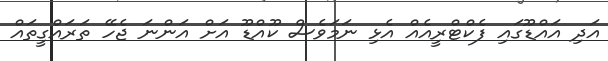
އަދި އައްޑޫގައި ފެކްޓްރީއެއް އެޅި ނަމަވެސް ކޫއްޑޫ އަށް އަންނަ ޖެހޭ ތަރައްގީތައް